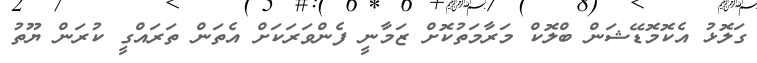
ގަލޮޅު އެކޮމޮޑޭޝަން ބްލޮކް މަރާމަތުކޮށް ޒަމާނީ ފެންވަރަކަށް އެތަން ތަރައްގީ ކުރަން ޔޫތު